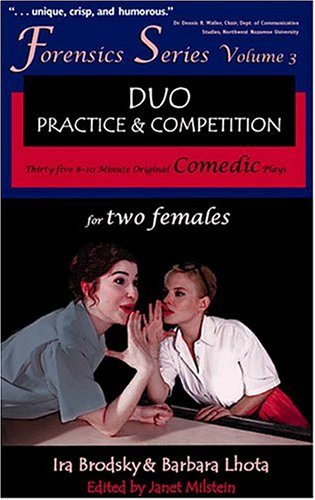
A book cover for Duo Practice and Competition: 35 8-10 Minute Original Comedic Plays for Two Females (Forensics Series); Ira Brodsky; Teen & Young Adult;